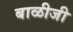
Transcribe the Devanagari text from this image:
बाळीजी